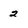
Character: 2